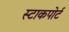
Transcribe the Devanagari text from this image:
स्टाकपोर्ट